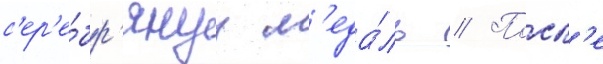
с'ер'е́бр'януу м'еда́ль // Посл'е